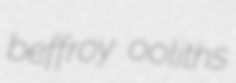
beffroy ooliths